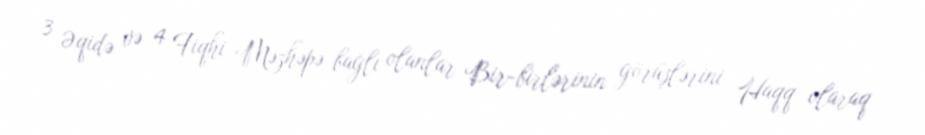
3 Əqidə və 4 Fiqhi Məzhəpə bağlı olanlar Bir-birlərinin görüşlərini Haqq olaraq